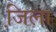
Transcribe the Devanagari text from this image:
जि़ला